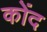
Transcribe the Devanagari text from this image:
कोंद